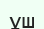
ұш